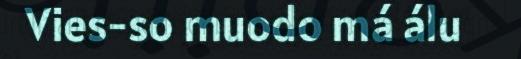
Vies-so muodo má álu